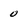
Character: 0